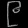
Digit: ၉